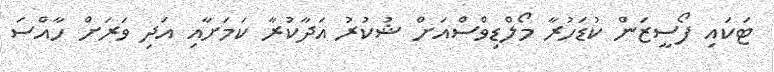
ޓަކައި ފޯސީޒަން ކުޑަހުރާ މޯލްޑިވްސްއަށް ޝުކުރު އަދާކުރާ ކަމަށާއި އަދި ވަރަށް ހާއްސަ